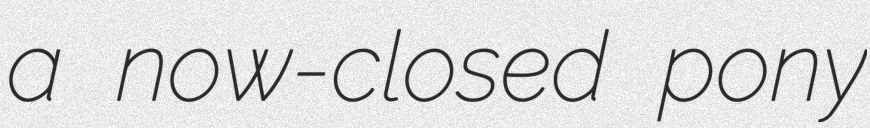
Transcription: a now-closed pony